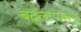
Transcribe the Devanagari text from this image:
बदलापासून